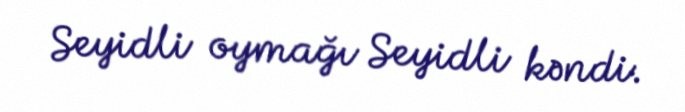
Seyidli oymağı Seyidli kəndi.